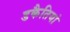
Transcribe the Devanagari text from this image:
डकैतियां